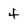
Character: 4